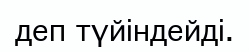
деп түйіндейді.